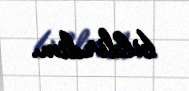
bildirdim.